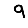
Digit: 9